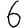
Digit: 6